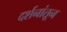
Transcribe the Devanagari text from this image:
दर्शनांतून